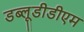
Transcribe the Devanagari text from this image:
डब्लूडीडीएम